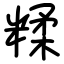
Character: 糅